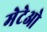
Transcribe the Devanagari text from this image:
मेटेओ